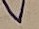
Text: V